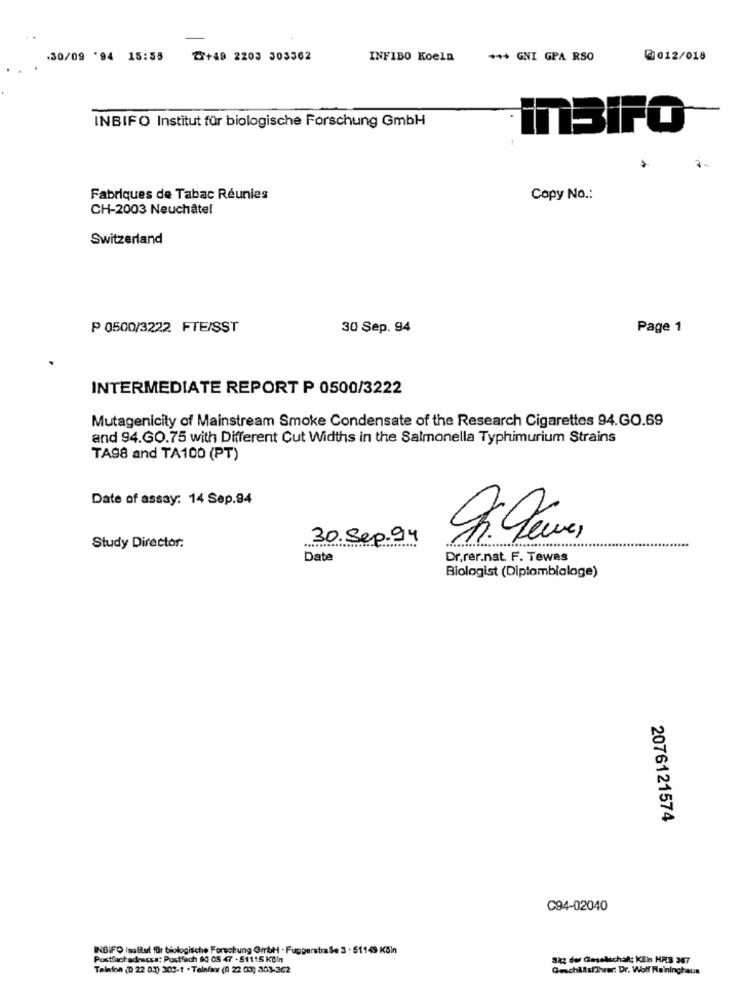
.30/09 '94 15:55
Z+49 2203 303362
INFIBO Koeln
*** GNI GPA RSO
@012/018
INBIFO Institut für biologische Forschung GmbH
inBIFO
Fabriques de Tabac Réunies
Copy No .:
CH-2003 Neuchâtel
Switzerland
P 0500/3222 FTE/SST
30 Sep. 94
Page 1
INTERMEDIATE REPORT P 0500/3222
Mutagenicity of Mainstream Smoke Condensate of the Research Cigarettes 94.GO.69
and 94.GO.75 with Different Cut Widths in the Salmonella Typhimurium Strains
TA98 and TA100 (PT)
Date of assay: 14 Sep.94
30.Sep.94
Study Director:
Date
Dr.rer.nat. F. Tewes
Biologist (Diplambialage)
2076121574
C94-02040
INBIFO Inalitut für biologische Forschung Gibt - Fupperstra Se 3 - 51149 Köln
Postfachadescss: Postfach 90 CS 47 - 51115 Kčin
Sig der Geselschaft: KEin HRB 367
Telefon (D 22 03) 303-1 . Telefax (0 22 03) 303-362
Geschäftsführer: Dr. Wolf Raininghaus